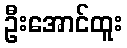
ဦးအောင်ထူး